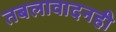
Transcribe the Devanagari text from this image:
तबलावादनही